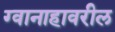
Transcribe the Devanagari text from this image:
ग्वानाहावरील